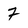
Character: 7